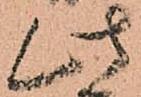
此